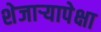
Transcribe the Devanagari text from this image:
शेजाऱ्यापेक्षा